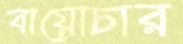
বায়োচার